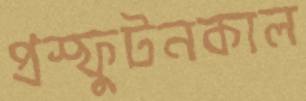
প্রস্ফুটনকাল